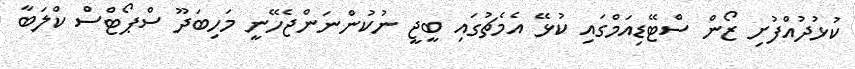
ކުޅުދުއްފުށި ޒޯން ސްޓޭޑިއަމްގައި ކުޅޭ އެމެޗުގައި ބީޖީ ނުކުންނަންޖެހޭނީ މަހިބަދޫ ސްޕޯޓްސް ކްލަބާ